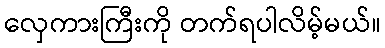
လှေကားကြီးကို တက်ရပါလိမ့်မယ်။